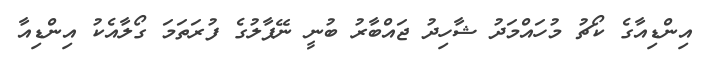
އިންޑިއާގެ ކޯޗު މުހައްމަދު ޝާހިދު ޖައްބާރު ބުނީ ނޭޕާލުގެ ފުރަތަމަ ގޯލާއެކު އިންޑިއާ